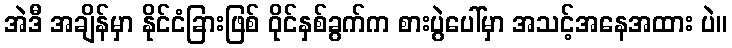
အဲဒီ အချိန်မှာ နိုင်ငံခြားဖြစ် ဝိုင်နှစ်ခွက်က စားပွဲပေါ်မှာ အသင့်အနေအထား ပဲ။